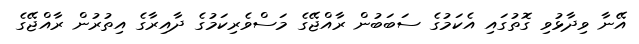
އޭނާ ވިދާޅުވި ގޮތުގައި އެކަމުގެ ސަބަބުން ރާއްޖޭގެ މަސްވެރިކަމުގެ ދާއިރާގެ އިތުރުން ރާއްޖޭގެ